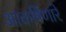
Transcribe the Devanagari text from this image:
आकर्षिणारे